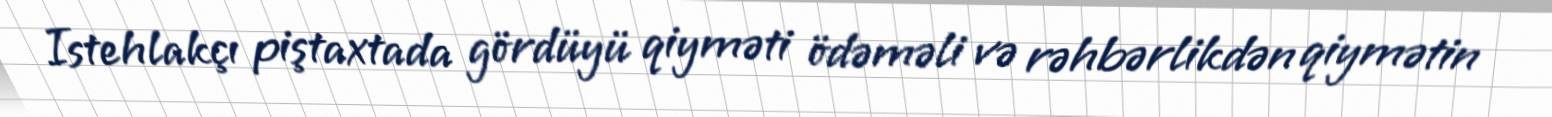
Istehlakçı piştaxtada gördüyü qiyməti ödəməli və rəhbərlikdən qiymətin